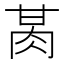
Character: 𰮕